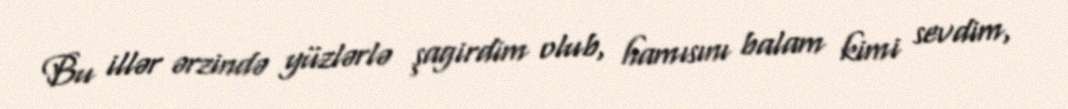
Bu illər ərzində yüzlərlə şagirdim olub, hamısını balam kimi sevdim,